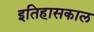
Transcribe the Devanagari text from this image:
इतिहासकाल